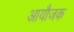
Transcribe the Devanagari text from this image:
आयौजक